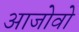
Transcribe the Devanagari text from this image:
आजोवो